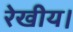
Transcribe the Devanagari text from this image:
रेखीय।